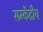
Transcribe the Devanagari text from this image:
सम्केंद्रीय